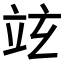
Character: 𥩚